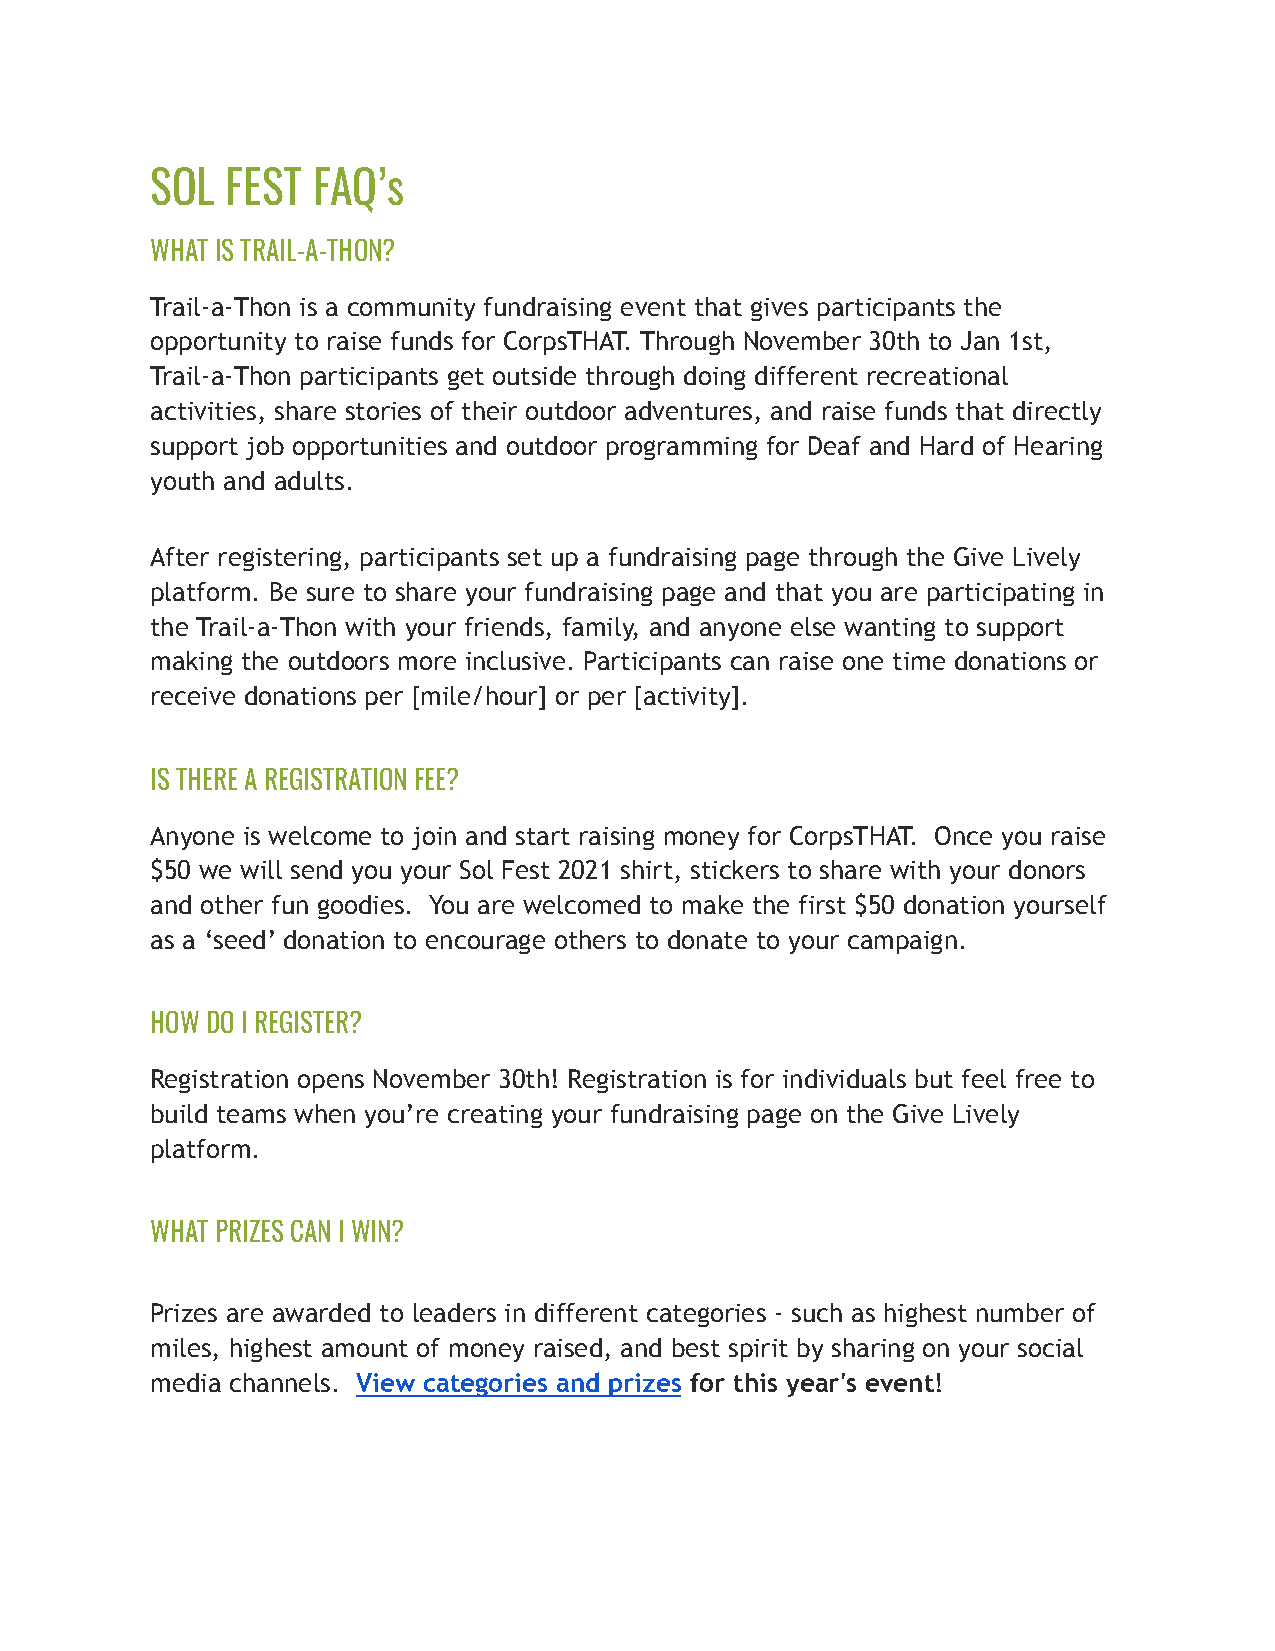
SOL  FEST  FAQ’s
 WHAT IS TRAIL-A-THON?
 Trail-a-Thon is a community fundraising event that gives participants the
 opportunity to raise funds for CorpsTHAT. Through November 30th to Jan 1st,
 Trail-a-Thon participants get outside through doing different recreational
 activities, share stories of their outdoor adventures, and raise funds that directly
 support job opportunities and outdoor programming for Deaf and Hard of Hearing
 youth and adults.
 After registering, participants set up a fundraising page through the Give Lively
 platform. Be sure to share your fundraising page and that you are participating in
 the Trail-a-Thon with your friends, family, and anyone else wanting to support
 making the outdoors more inclusive. Participants can raise one time donations or
 receive donations per [mile/hour] or per [activity].
 IS THERE A REGISTRATION FEE?
 Anyone is welcome to join and start raising money for CorpsTHAT. Once you raise
 $50 we will send you your Sol Fest 2021 shirt, stickers to share with your donors
 and other fun goodies. You are welcomed to make the first $50 donation yourself
 as a ‘seed’ donation to encourage others to donate to your campaign.
 HOW DO I REGISTER?
 Registration opens November 30th! Registration is for individuals but feel free to
 build teams when you’re creating your fundraising page on the Give Lively
 platform.
 WHAT PRIZES CAN I WIN?
 Prizes are awarded to leaders in different categories - such as highest number of
 miles, highest amount of money raised, and best spirit by sharing on your social
 media channels. View categories and prizes for this year's event!